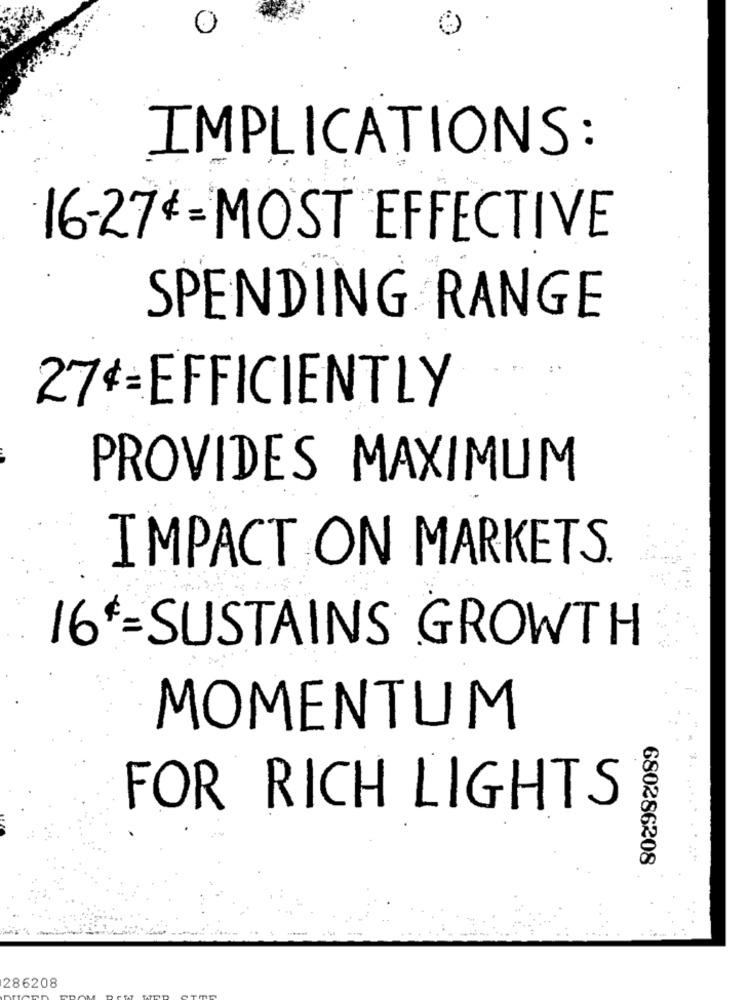
IMPLICATIONS :
16-27=MOST EFFECTIVE
SPENDING RANGE
274=EFFICIENTLY
PROVIDES MAXIMUM
IMPACT ON MARKETS.
16 *= SUSTAINS GROWTH
MOMENTUM
FOR RICH LIGHTS
680286208
286208